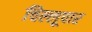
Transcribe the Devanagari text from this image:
चिल्लूपार